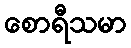
စောရီသမာ